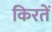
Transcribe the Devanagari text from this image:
किरतें